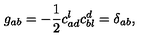
g _ { a b } = - \frac { 1 } { 2 } c _ { a d } ^ { l } c _ { b l } ^ { d } = \delta _ { a b } ,